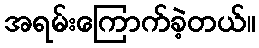
အရမ်းကြောက်ခဲ့တယ်။